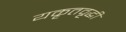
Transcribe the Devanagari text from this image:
यकृतवृद्धी